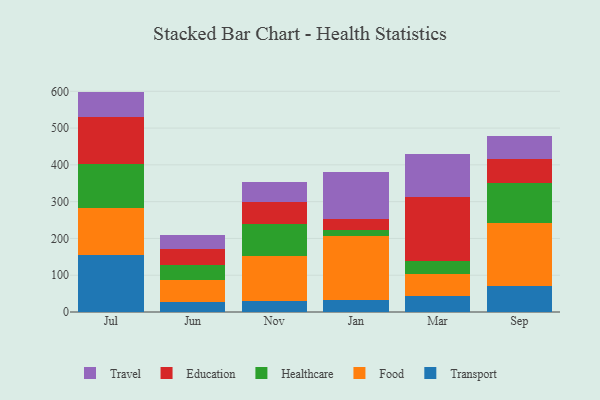
{"axis": {"x": "Month", "y": "Page Views"}, "legend": ["Education", "Food", "Healthcare", "Transport", "Travel"], "data": [{"x": "Jul", "y": 155.1, "type": "Transport"}, {"x": "Jul", "y": 129.0, "type": "Food"}, {"x": "Jul", "y": 119.2, "type": "Healthcare"}, {"x": "Jul", "y": 126.8, "type": "Education"}, {"x": "Jul", "y": 69.1, "type": "Travel"}, {"x": "Jun", "y": 26.9, "type": "Transport"}, {"x": "Jun", "y": 59.1, "type": "Food"}, {"x": "Jun", "y": 42.0, "type": "Healthcare"}, {"x": "Jun", "y": 43.2, "type": "Education"}, {"x": "Jun", "y": 39.3, "type": "Travel"}, {"x": "Nov", "y": 29.9, "type": "Transport"}, {"x": "Nov", "y": 122.5, "type": "Food"}, {"x": "Nov", "y": 87.3, "type": "Healthcare"}, {"x": "Nov", "y": 58.1, "type": "Education"}, {"x": "Nov", "y": 55.3, "type": "Travel"}, {"x": "Jan", "y": 32.1, "type": "Transport"}, {"x": "Jan", "y": 175.7, "type": "Food"}, {"x": "Jan", "y": 15.8, "type": "Healthcare"}, {"x": "Jan", "y": 28.2, "type": "Education"}, {"x": "Jan", "y": 128.2, "type": "Travel"}, {"x": "Mar", "y": 42.4, "type": "Transport"}, {"x": "Mar", "y": 61.2, "type": "Food"}, {"x": "Mar", "y": 35.8, "type": "Healthcare"}, {"x": "Mar", "y": 172.4, "type": "Education"}, {"x": "Mar", "y": 118.1, "type": "Travel"}, {"x": "Sep", "y": 69.6, "type": "Transport"}, {"x": "Sep", "y": 173.1, "type": "Food"}, {"x": "Sep", "y": 108.3, "type": "Healthcare"}, {"x": "Sep", "y": 65.3, "type": "Education"}, {"x": "Sep", "y": 62.7, "type": "Travel"}]}